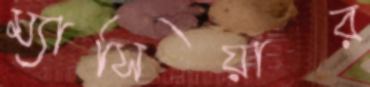
ম্যাসিয়ার